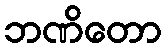
ဘဏိတော